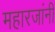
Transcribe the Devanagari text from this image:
महारजांनी